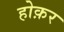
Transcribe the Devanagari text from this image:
होक़र